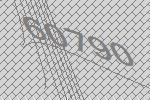
60790